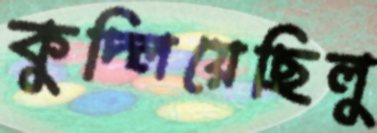
কুদ্‌লিয়েছিলু